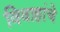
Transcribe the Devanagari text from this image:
विवाहांचे